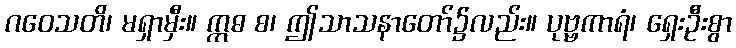
ဂဝေသတိ၊ မရှာမှီး။ ဣဓ စ၊ ဤသာသနာတော်၌လည်း။ ပုဗ္ဗကာရံ၊ ရှေးဦးစွာ